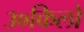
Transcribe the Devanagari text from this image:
३०किलो